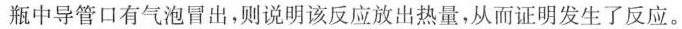
瓶中导管口有气泡冒出，则说明该反应放出热量，从而证明发生了反应。